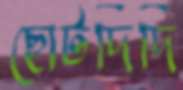
ছোটদিদি